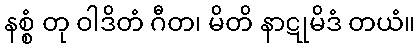
နစ္စံ တု ဝါဒိတံ ဂီတ၊ မိတိ နာဋုမိဒံ တယံ။